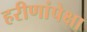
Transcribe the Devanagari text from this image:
हरीणांपेक्षा